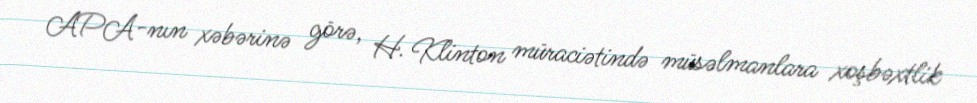
APA-nın xəbərinə görə, H. Klinton müraciətində müsəlmanlara xoşbəxtlik